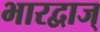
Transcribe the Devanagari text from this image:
भारद्वाज्